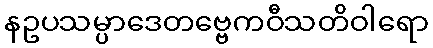
နဥပသမ္ပာဒေတဗ္ဗေကဝီသတိဝါရော